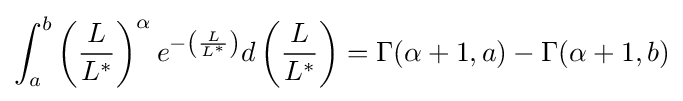
\int _{a}^{b}\left({\frac {L}{L^{*}}}\right)^{\alpha }e^{-\left({\frac {L}{L^{*}}}\right)}d\left({\frac {L}{L^{*}}}\right)=\Gamma (\alpha +1,a)-\Gamma (\alpha +1,b)